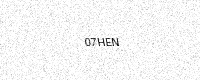
Text: 07HEN